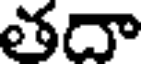
తదా